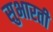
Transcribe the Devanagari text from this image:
सुभारती